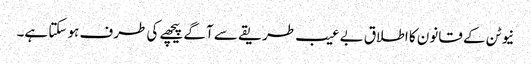
نیوٹن کے قانون کا اطلاق بے عیب طریقے سے آگے پیچھے کی طرف ہو سکتا ہے۔